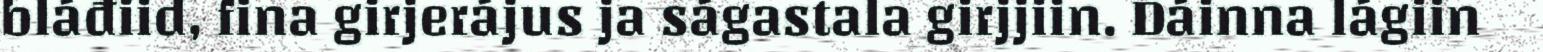
bláđiid, fina girjerájus ja ságastala girjjiin. Dáinna lágiin